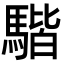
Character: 𩤠